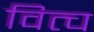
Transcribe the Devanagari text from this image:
वित्च